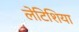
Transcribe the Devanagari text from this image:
लेटिशिया